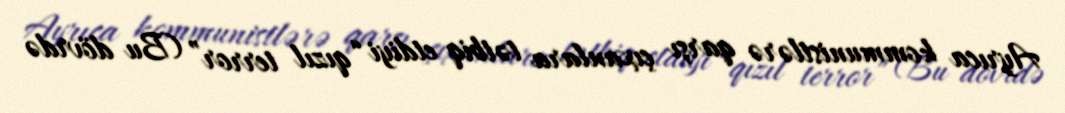
Ayrıca kommunistlərə qarşı çıxanlara tətbiq etdiyi “qızıl terror” (Bu dövrdə